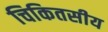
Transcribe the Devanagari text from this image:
चिकितसीय